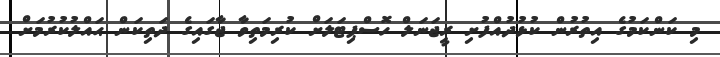
މި ކަންކަމުގެ އިތުރުން ކުޅުދުއްފުށި ރީޖަނަލް ހޮސްޕިޓަލަށް ކުރިމަތިވާ ޖާގައިގެ ދަތިކަން ޙައްލުކުރުމަށް